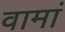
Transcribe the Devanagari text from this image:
वामां